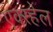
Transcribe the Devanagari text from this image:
एक्स्हेल